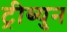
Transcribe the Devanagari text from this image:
ट्रीब्युन